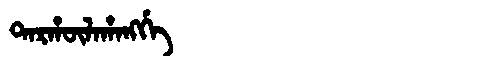
Manchu: ᡨᠠᡵᡥᡡᠯᠠᡥᠠᠩᡤᡝ
Romanization: TARHŪLAHANGGE